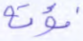
نؤته